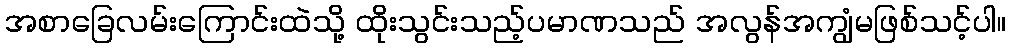
အစာခြေလမ်းကြောင်းထဲသို့ ထိုးသွင်းသည့်ပမာဏသည် အလွန်အကျွံမဖြစ်သင့်ပါ။